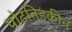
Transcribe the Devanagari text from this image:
पोटतिडकीनं